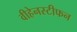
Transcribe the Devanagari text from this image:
वीहेनस्टीफन